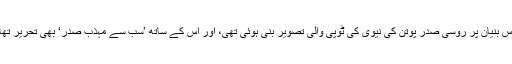
اس بنیان پر روسی صدر پوتن کی نیوی کی ٹوپی والی تصویر بنی ہوئی تھی، اور اْس کے ساتھ ’سب سے مہذب صدر‘ بھی تحریر تھا۔